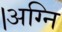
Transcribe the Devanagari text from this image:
।अग्नि